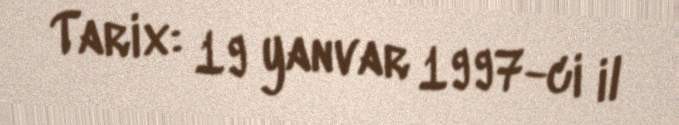
Tarix: 19 yanvar 1997-ci il